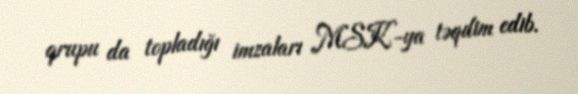
qrupu da topladığı imzaları MSK-ya təqdim edib.